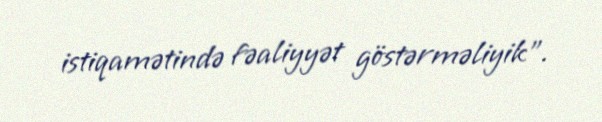
istiqamətində fəaliyyət göstərməliyik”.